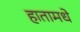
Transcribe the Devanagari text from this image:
हातामधे